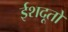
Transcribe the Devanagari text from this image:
ईशदूतों